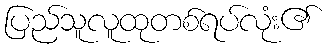
ပြည်သူလူထုတစ်ရပ်လုံး၏